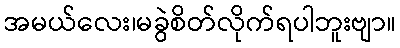
အမယ်လေး၊မခွဲစိတ်လိုက်ရပါဘူးဗျာ။